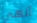
آلهي